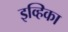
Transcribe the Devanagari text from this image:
इव्हिका